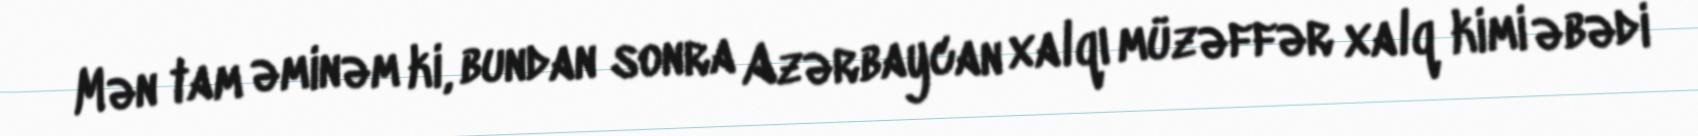
Mən tam əminəm ki, bundan sonra Azərbaycan xalqı müzəffər xalq kimi əbədi